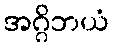
အဂ္ဂိဘယံ